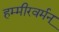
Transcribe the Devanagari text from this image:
हम्मीरवर्मन्